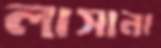
লাসানা